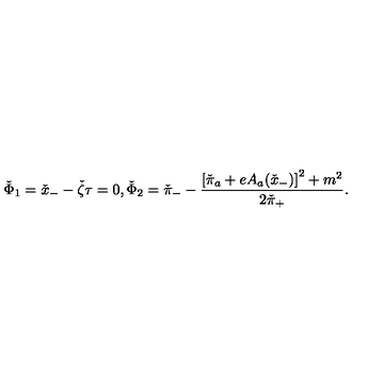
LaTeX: \check { \Phi } _ { 1 } = \check { x } _ { - } - \check { \zeta } \tau = 0 , \check { \Phi } _ { 2 } = \check { \pi } _ { - } - \frac { \left[ \check { \pi } _ { a } + e A _ { a } ( \check { x } _ { - } ) \right] ^ { 2 } + m ^ { 2 } } { 2 \check { \pi } _ { + } } .